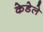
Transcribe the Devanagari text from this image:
केडेले